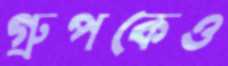
গ্রুপকেও